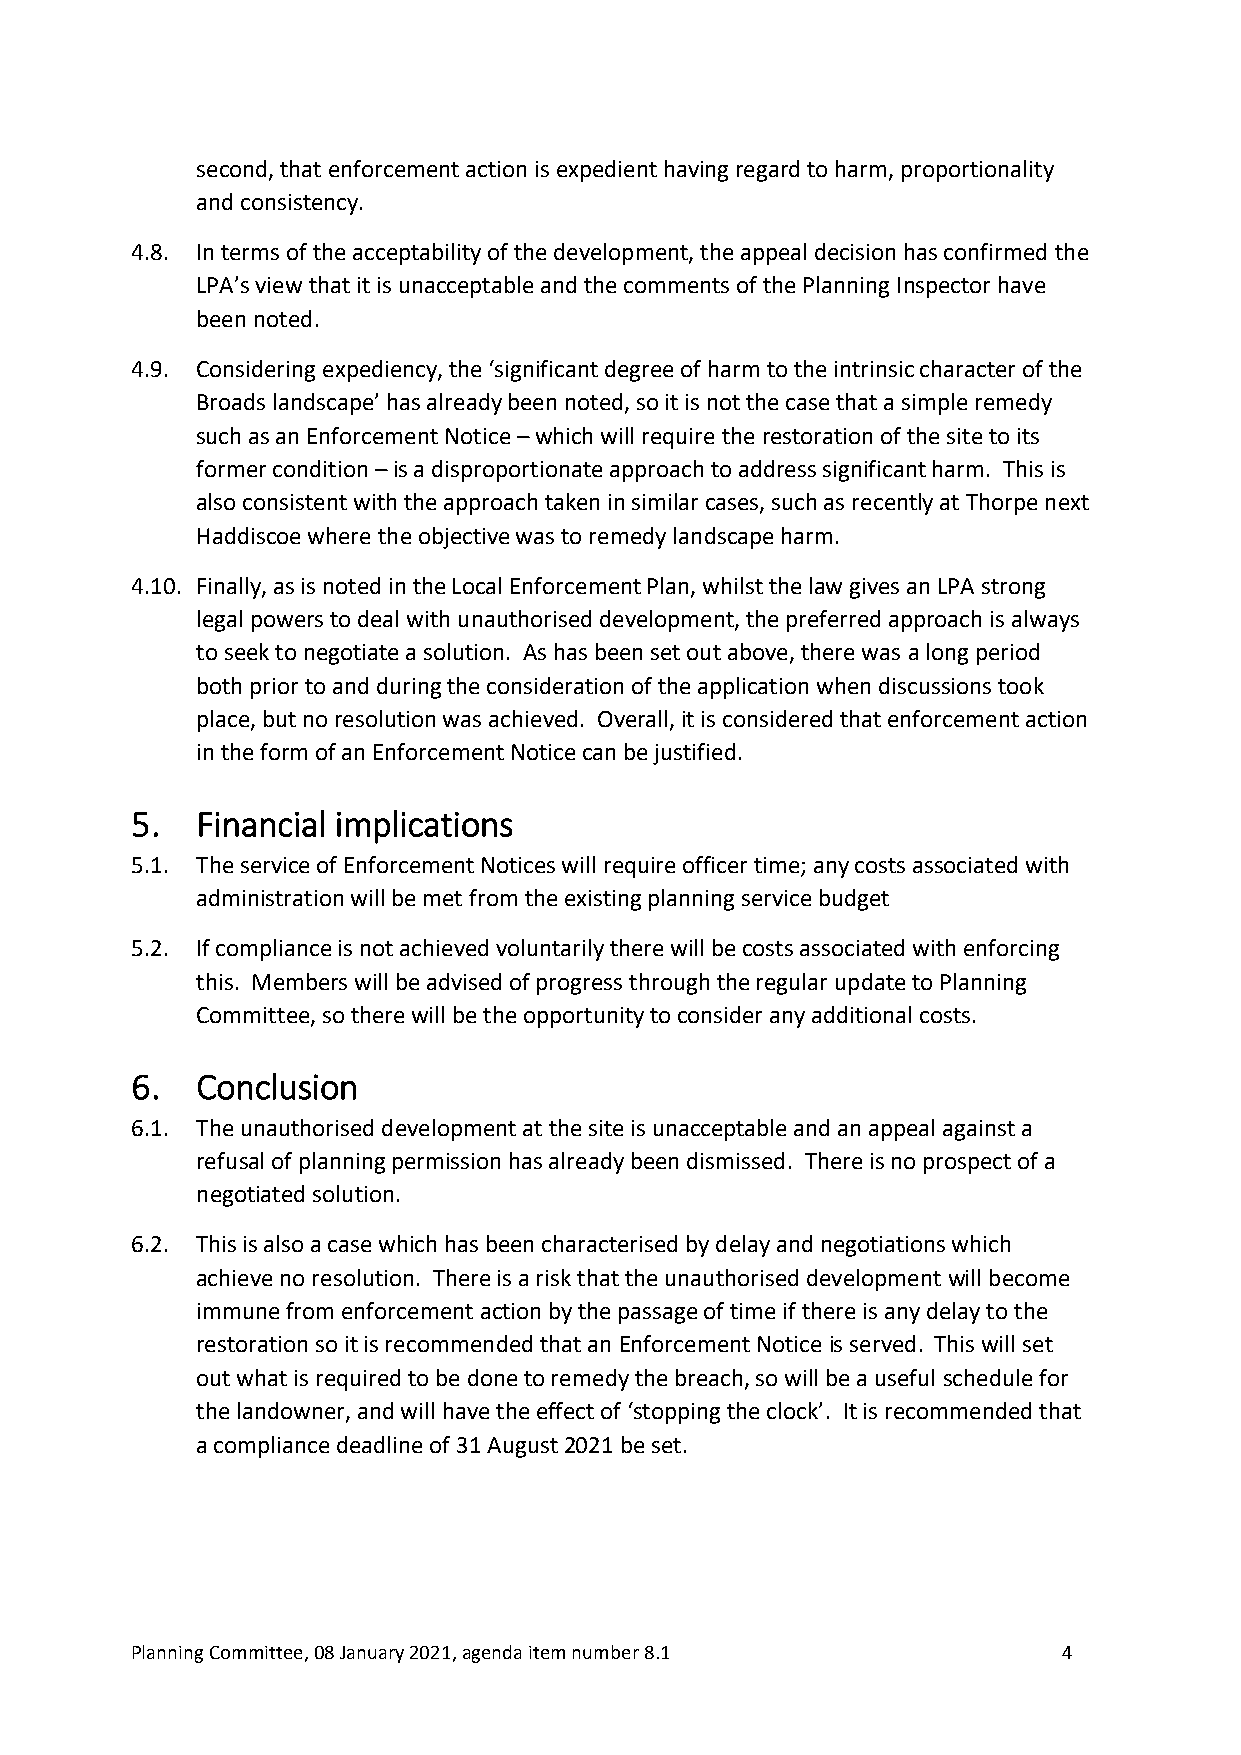
second, that enforcement action is expedient having regard to harm, proportionality
 and consistency.
 4.8. In terms of the acceptability of the development, the appeal decision has confirmed the
 LPA’s view that it is unacceptable and the comments of the Planning Inspector have
 been noted.
 4.9. Considering expediency, the ‘significant degree of harm to the intrinsic character of the
 Broads landscape’ has already been noted, so it is not the case that a simple remedy
 such as an Enforcement Notice – which will require the restoration of the site to its
 former condition – is a disproportionate approach to address significant harm. This is
 also consistent with the approach taken in similar cases, such as recently at Thorpe next
 Haddiscoe where the objective was to remedy landscape harm.
 4.10. Finally, as is noted in the Local Enforcement Plan, whilst the law gives an LPA strong
 legal powers to deal with unauthorised development, the preferred approach is always
 to seek to negotiate a solution. As has been set out above, there was a long period
 both prior to and during the consideration of the application when discussions took
 place, but no resolution was achieved. Overall, it is considered that enforcement action
 in the form of an Enforcement Notice can be justified.
 5.  Financial implications
 5.1. The service of Enforcement Notices will require officer time; any costs associated with
 administration will be met from the existing planning service budget
 5.2. If compliance is not achieved voluntarily there will be costs associated with enforcing
 this. Members will be advised of progress through the regular update to Planning
 Committee, so there will be the opportunity to consider any additional costs.
 6.  Conclusion
 6.1. The unauthorised development at the site is unacceptable and an appeal against a
 refusal of planning permission has already been dismissed. There is no prospect of a
 negotiated solution.
 6.2. This is also a case which has been characterised by delay and negotiations which
 achieve no resolution. There is a risk that the unauthorised development will become
 immune from enforcement action by the passage of time if there is any delay to the
 restoration so it is recommended that an Enforcement Notice is served. This will set
 out what is required to be done to remedy the breach, so will be a useful schedule for
 the landowner, and will have the effect of ‘stopping the clock’. It is recommended that
 a compliance deadline of 31 August 2021 be set.
 Planning Committee, 08 January 2021, agenda item number 8.1  4